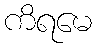
ကိရမေ